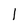
Character: 1